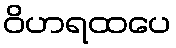
ဝိဟရထပေ